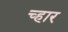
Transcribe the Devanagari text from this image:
च्हार